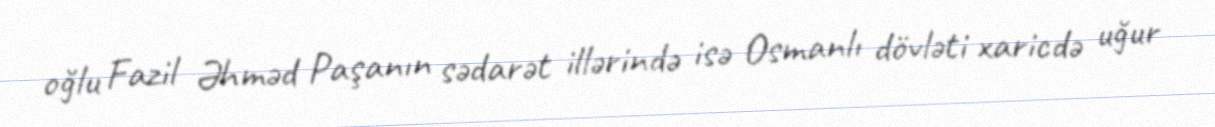
oğlu Fazil Əhməd Paşanın sədarət illərində isə Osmanlı dövləti xaricdə uğur